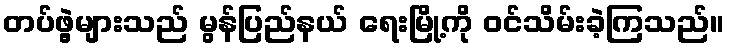
တပ်ဖွဲ့များသည် မွန်ပြည်နယ် ရေးမြို့ကို ဝင်သိမ်းခဲ့ကြသည်။